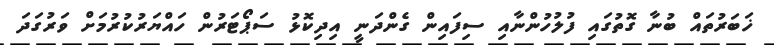
ޚަބަރުތައް ބުނާ ގޮތުގައި ފުލުހުންނާއި ސިފައިން ގެންދަނީ އިދިކޮޅު ސަޕޯޓަރުން ހައްޔަރުކުރުމަށް ވަރުގަދަ